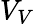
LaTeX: V_{V}